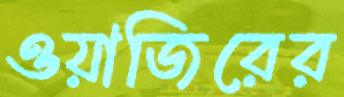
ওয়াজিরের